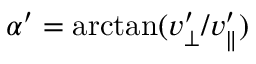
\alpha ^ { \prime } = \arctan ( v _ { \bot } ^ { \prime } / v _ { \parallel } ^ { \prime } )